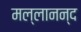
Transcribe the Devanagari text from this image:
मल्लानन्द